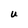
Character: U